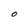
Character: O